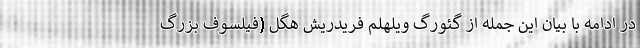
در ادامه با بیان این جمله از گئورگ ویلهلم فریدریش هگل (فیلسوف بزرگ